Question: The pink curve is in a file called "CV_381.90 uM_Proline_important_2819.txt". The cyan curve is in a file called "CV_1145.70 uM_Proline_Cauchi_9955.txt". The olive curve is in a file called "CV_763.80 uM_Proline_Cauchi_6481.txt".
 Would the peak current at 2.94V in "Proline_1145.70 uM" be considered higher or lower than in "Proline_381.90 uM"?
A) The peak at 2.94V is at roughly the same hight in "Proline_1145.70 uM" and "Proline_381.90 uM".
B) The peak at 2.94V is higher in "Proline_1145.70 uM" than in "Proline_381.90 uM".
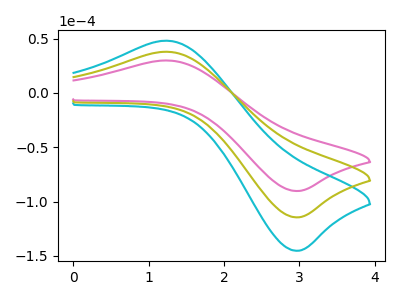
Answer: <think>The pink curve "Proline_381.90 uM" has an anodic peak at (1.25V, 29.85uA) and a cathodic peak at (2.95V, -90.30uA). The cyan curve "Proline_1145.70 uM" has an anodic peak at (1.25V, 75.80uA) and a cathodic peak at (2.95V, -229.05uA). The olive curve "Proline_763.80 uM" has an anodic peak at (1.25V, 37.90uA) and a cathodic peak at (2.95V, -114.50uA).</think>
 <answer>B) The peak at 2.94V is higher in "Proline_1145.70 uM" than in "Proline_381.90 uM".</answer>
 <eval>B</eval>